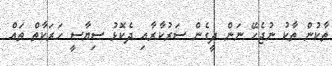
ތާކުން ތާކު ނުޖެހޭ ނަން ދީގެން ސަރުކާރާއި ދެކޮޅު ސިޔާސީ ހަރަކާތް ތައް